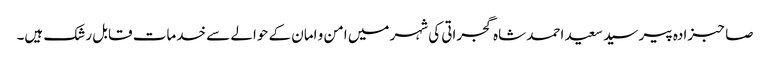
صاحبزادہ پیر سید سعید احمد شاہ گجراتی کی شہر میں امن و امان کے حوالے سے خدمات قابل رشک ہیں۔